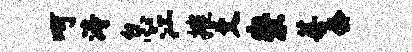
呵涛怠江摧爻崇莓套